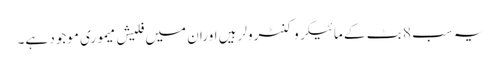
یہ سب 8 بٹ کے مائیکروکنٹرولر ہیں اوران میں فلیش میموری موجود ہے۔